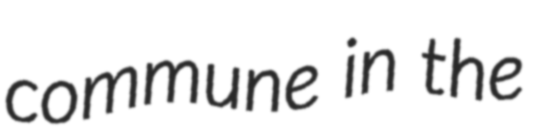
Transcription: commune in the